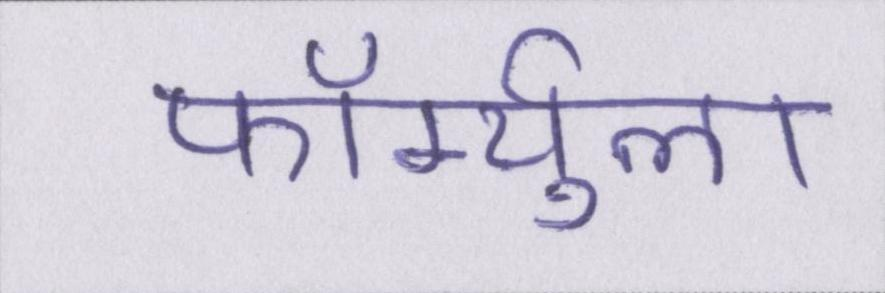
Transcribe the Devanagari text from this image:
फॉर्म्युला